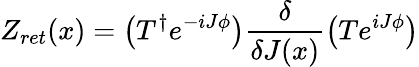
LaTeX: Z_{ret}(x)=\left(T^{\dagger}e^{-iJ\phi}\right)\frac{\delta}{\delta J(x)}\left(Te^{iJ\phi}\right)